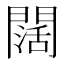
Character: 闊